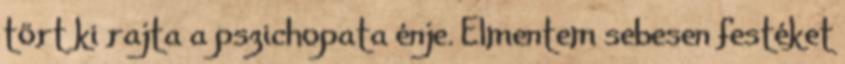
tört ki rajta a pszichopata énje. Elmentem sebesen festéket